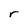
Character: r